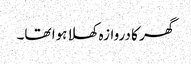
گھر کا دروازہ کھلا ہوا تھا۔